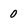
Character: 0